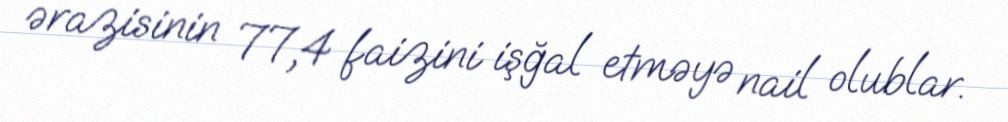
ərazisinin 77,4 faizini işğal etməyə nail olublar.